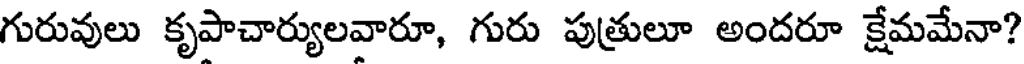
గురువులు కృపాచార్యులవారూ, గురు పుత్రులూ అందరూ క్షేమమేనా?